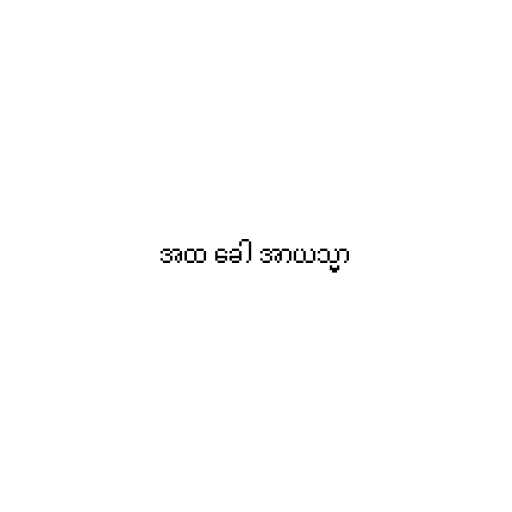
အထ ခေါ အာယသ္မာ